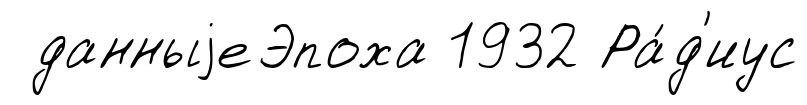
данныjеЭпоха 1932 Ра́д'иус